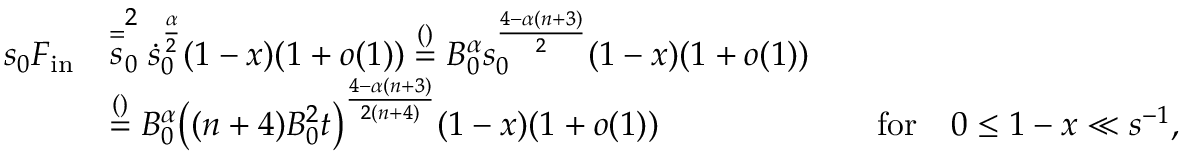
\begin{array} { r l r l } { s _ { 0 } F _ { \mathrm { i n } } } & { \stackrel { = } s _ { 0 } ^ { 2 } \dot { s } _ { 0 } ^ { \frac \alpha 2 } ( 1 - x ) ( 1 + o ( 1 ) ) \stackrel { ( ) } = B _ { 0 } ^ { \alpha } s _ { 0 } ^ { \frac { 4 - \alpha ( n + 3 ) } { 2 } } ( 1 - x ) ( 1 + o ( 1 ) ) } \\ & { \stackrel { ( ) } = B _ { 0 } ^ { \alpha } \big ( ( n + 4 ) B _ { 0 } ^ { 2 } t \big ) ^ { \frac { 4 - \alpha ( n + 3 ) } { 2 ( n + 4 ) } } ( 1 - x ) ( 1 + o ( 1 ) ) } & & { \mathrm { f o r } \quad 0 \le 1 - x \ll s ^ { - 1 } , } \end{array}